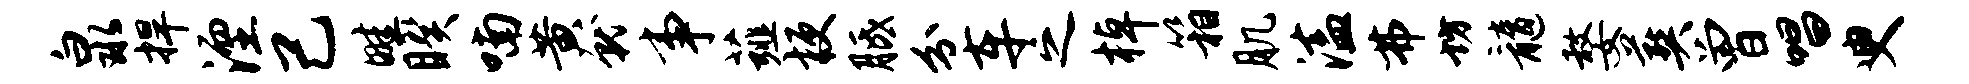
泉捍湮己畦睽喃黄就事薤梗胝分车之棹箱肌溘弗坊髓嫠葬曾唱臾